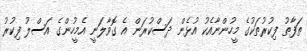
ތަފާތު ފިކުރުތަކުގެ މީހުންނާއެކު އުޅެން ދަސްކުރަން އެ ގޮވާލަނީ އެމީހުންގެ އަސްލު ފިކުރު